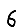
Digit: 6